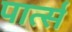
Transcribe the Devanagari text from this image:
पार्त्स